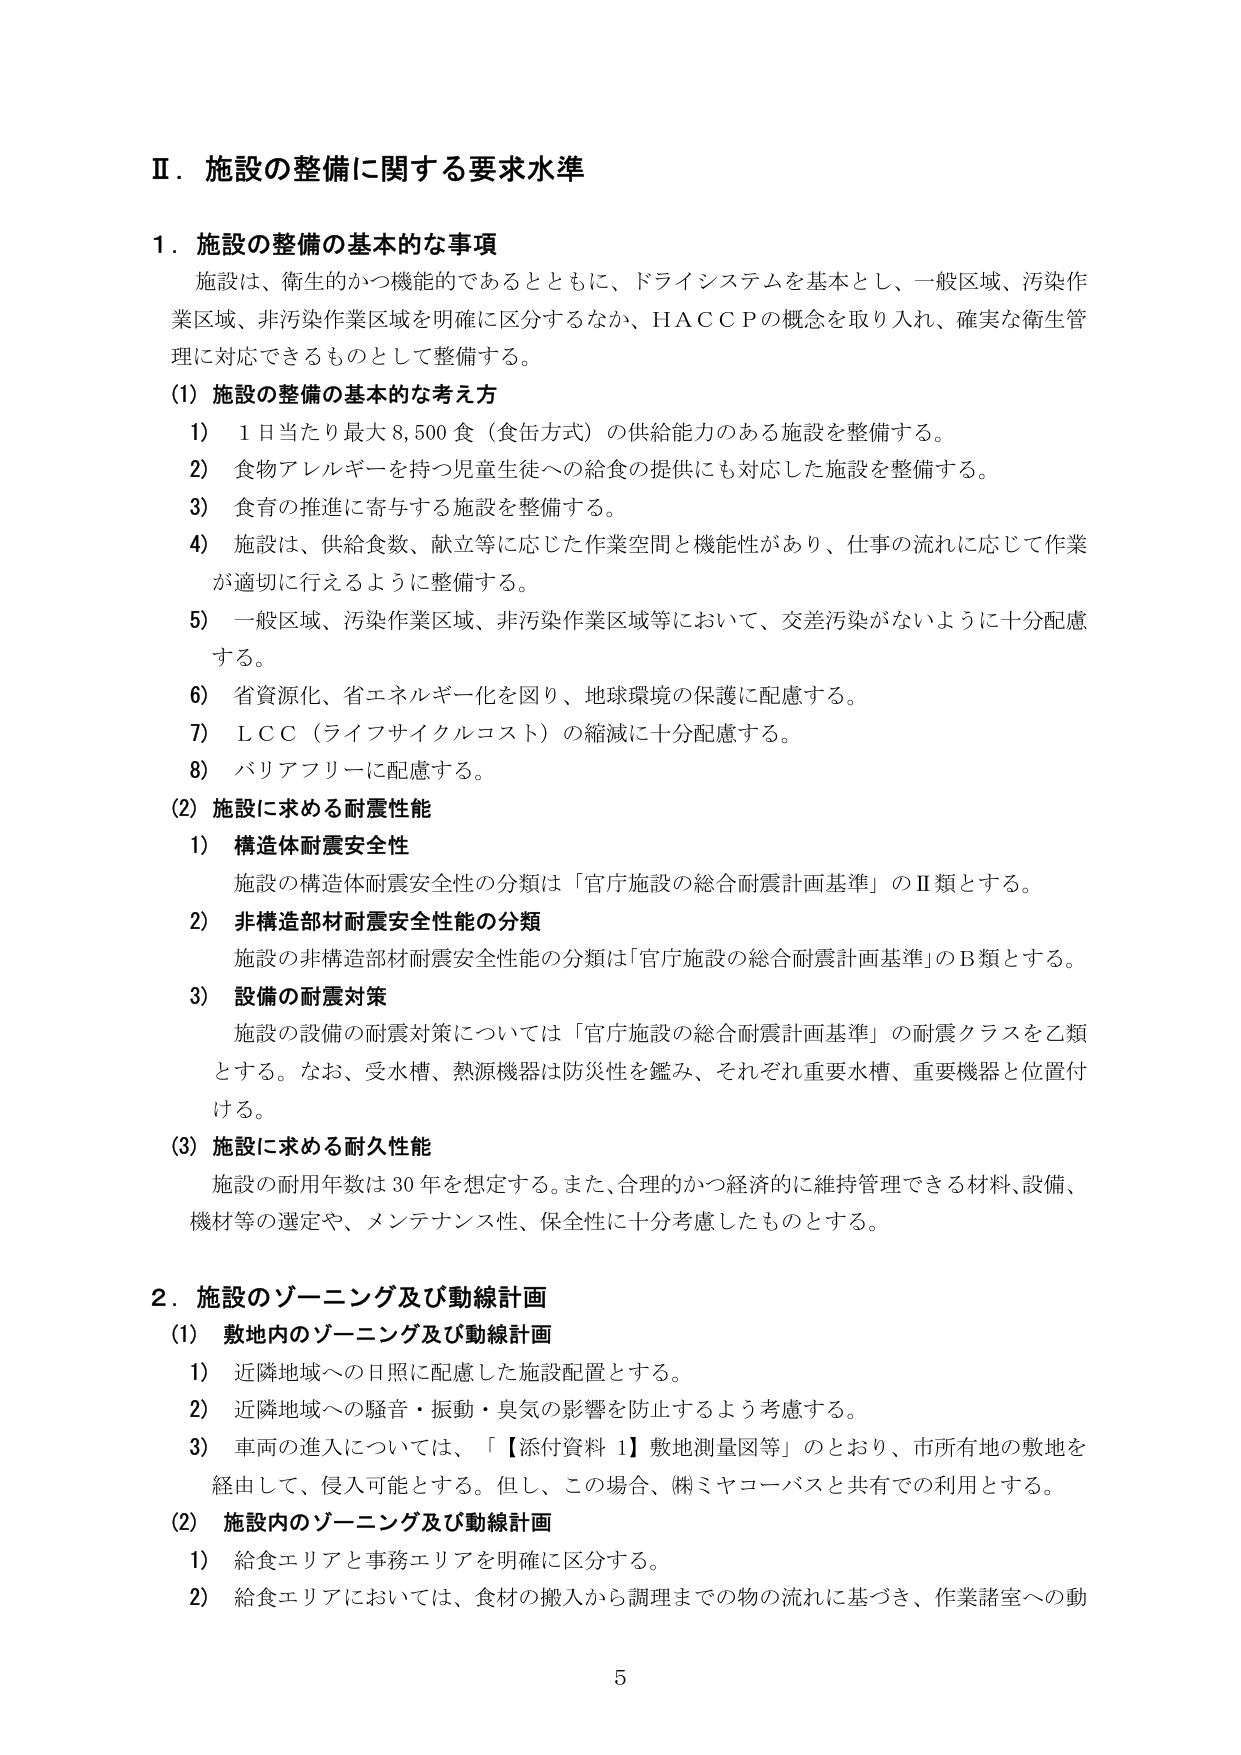
Ⅱ．施設の整備に関する要求水準

１．施設の整備の基本的な事項
施設は、衛生的かつ機能的であるとともに、ドライシステムを基本とし、一般区域、汚染作業区域、非汚染作業区域を明確に区分するなか、ＨＡＣＣＰの概念を取り入れ、確実な衛生管理に対応できるものとして整備する。

(1) 施設の整備の基本的な考え方
1) 1日当たり最大8,500食（食缶方式）の供給能力のある施設を整備する。
2) 食物アレルギーを持つ児童生徒への給食の提供にも対応した施設を整備する。
3) 食育の推進に寄与する施設を整備する。
4) 施設は、供給食数、献立等に応じた作業空間と機能性があり、仕事の流れに応じて作業が適切に行えるように整備する。
5) 一般区域、汚染作業区域、非汚染作業区域等において、交差汚染がないように十分配慮する。
6) 省資源化、省エネルギー化を図り、地球環境の保護に配慮する。
7) ＬＣＣ（ライフサイクルコスト）の縮減に十分配慮する。
8) バリアフリーに配慮する。

(2) 施設に求める耐震性能
1) 構造体耐震安全性
施設の構造体耐震安全性の分類は「官庁施設の総合耐震計画基準」のⅡ類とする。

2) 非構造部材耐震安全性能の分類
施設の非構造部材耐震安全性能の分類は「官庁施設の総合耐震計画基準」のＢ類とする。

3) 設備の耐震対策
施設の設備の耐震対策については「官庁施設の総合耐震計画基準」の耐震クラスを乙類とする。なお、受水槽、熱源機器は防災性を鑑み、それぞれ重要水槽、重要機器と位置付ける。

(3) 施設に求める耐久性能
施設の耐用年数は30年を想定する。また、合理的かつ経済的に維持管理できる材料、設備、機材等の選定や、メンテナンス性、保全性に十分考慮したものとする。

２．施設のゾーニング及び動線計画
(1) 敷地内のゾーニング及び動線計画
1) 近隣地域への日照に配慮した施設配置とする。
2) 近隣地域への騒音・振動・臭気の影響を防止するよう考慮する。
3) 車両の進入については、「【添付資料 1】敷地測量図等」のとおり、市所有地の敷地を経由して、侵入可能とする。但し、この場合、㈱ミヤコーバスと共有での利用とする。

(2) 施設内のゾーニング及び動線計画
1) 給食エリアと事務エリアを明確に区分する。
2) 給食エリアにおいては、食材の搬入から調理までの物の流れに基づき、作業諸室への動

5